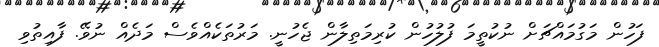
ފަހުން މަގުމައްޗަށް ނުކުތީމަ ފުލުހުން ކުރިމަތިލާން ޖެހުނީ. މަރުތަކެއްވެސް މަދެއް ނުވޭ. ފާއިތުވި